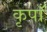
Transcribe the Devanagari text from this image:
कृपाँ